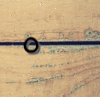
٥